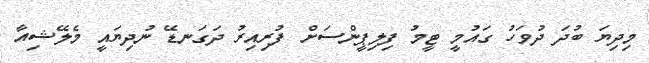
މިދިޔަ ބުދަ ދުވަހު ގައުމީ ޓީމު ފިލިޕީންސަށް ފުރިއިރު ދަގަނޑޭ ނުދިޔައީ މެލޭޝިއާ